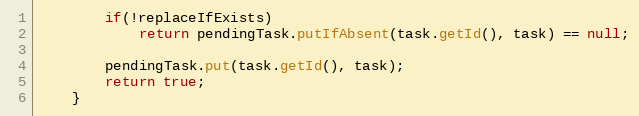
Language: Java
        if(!replaceIfExists)
            return pendingTask.putIfAbsent(task.getId(), task) == null;

        pendingTask.put(task.getId(), task);
        return true;
    }